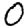
Digit: 0